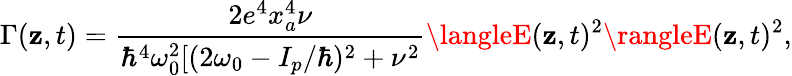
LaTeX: \Gamma(\mathbf{z},t)=\frac{{2e^{4}x_{a}^{4}\nu}}{{\hbar^{4}\omega_{0}^{2}[(2\omega_{0}-I_{p}/\hbar)^{2}+\nu^{2}}}\langleE(\mathbf{z},t)^{2}\rangleE(\mathbf{z},t)^{2},